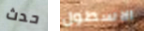
حدث الاسطول